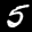
Label: 5